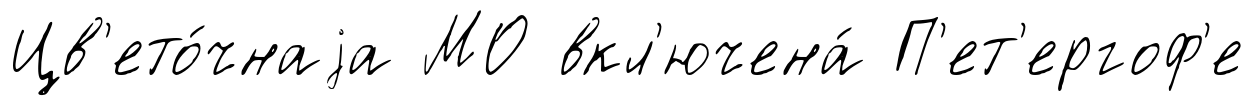
Цв'ето́чнаjа МО вкл'ючена́ П'ет'ергоф'е